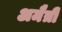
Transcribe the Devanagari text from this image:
अमैत्री